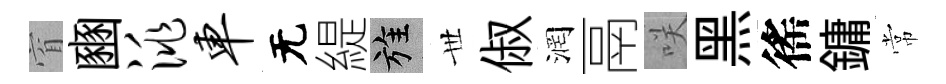
窅豳洮车无緹旌𠀍俶润鬲咲黑徭鏞常